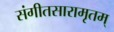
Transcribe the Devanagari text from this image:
संगीतसारामृतम्